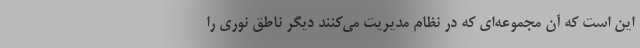
این است که آن مجموعه‌ای که در نظام مدیریت می‌کنند دیگر ناطق نوری را